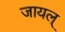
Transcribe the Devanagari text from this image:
जायल्